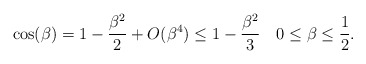
\begin{align*}\cos(\beta)=1-\frac{\beta^2}{2}+O(\beta^4)\le1-\frac{\beta^2}{3}\quad0\le\beta\le\frac12.\end{align*}